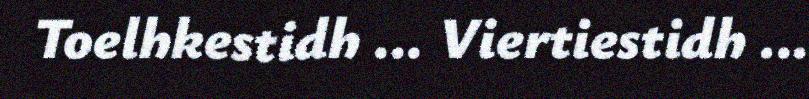
Toelhkestidh ... Viertiestidh ...